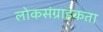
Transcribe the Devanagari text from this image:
लोकसंग्राहकता